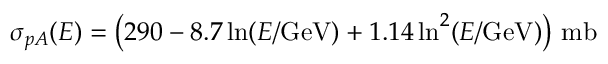
\sigma _ { p A } ( E ) = \bigl ( 2 9 0 - 8 . 7 \ln ( E / \mathrm { G e V } ) + 1 . 1 4 \ln ^ { 2 } ( E / \mathrm { G e V } ) \bigr ) \ \mathrm { m b }